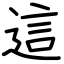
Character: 這